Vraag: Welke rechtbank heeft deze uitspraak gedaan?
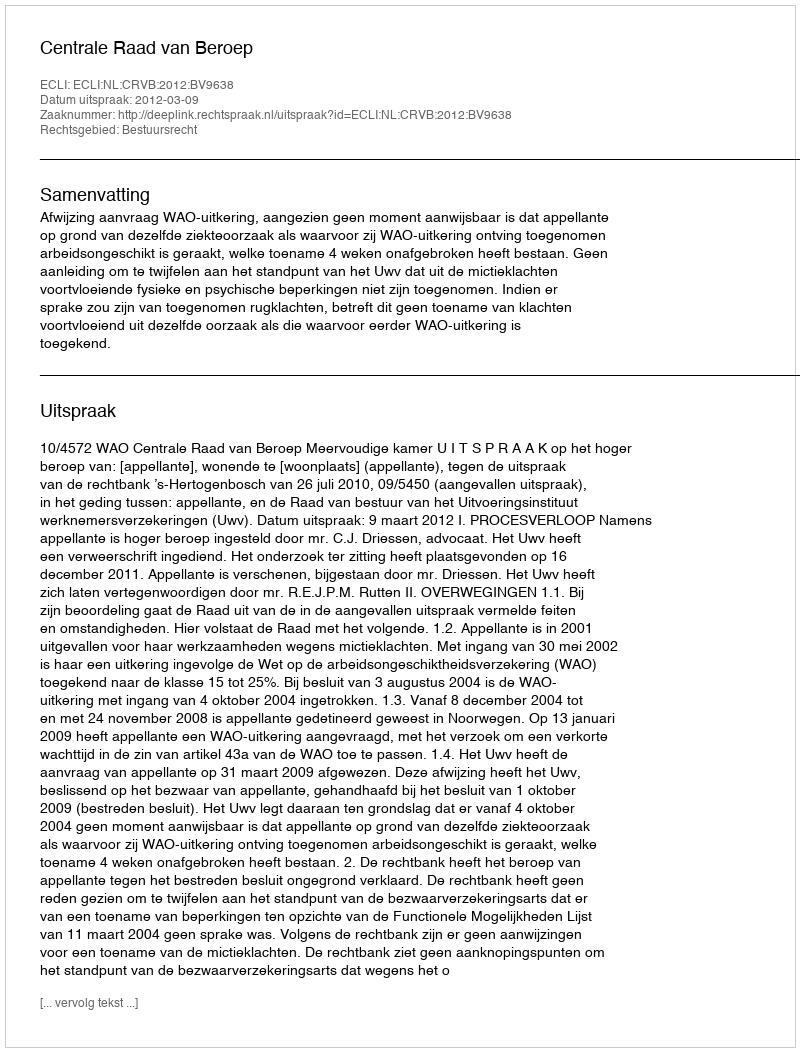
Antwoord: Centrale Raad van Beroep